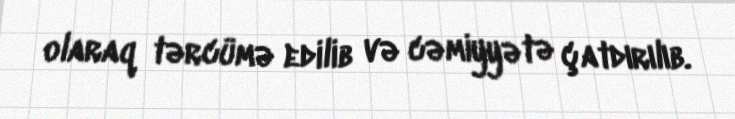
olaraq tərcümə edilib və cəmiyyətə çatdırılıb.